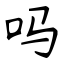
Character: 吗